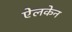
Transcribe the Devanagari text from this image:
ऐलकेन